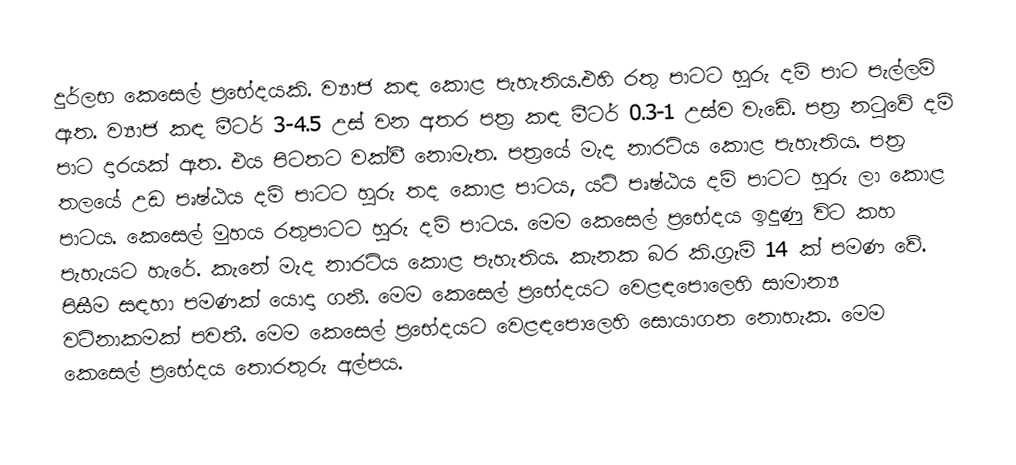
දුර්ලභ කෙසෙල් ප්‍රභේදයකි. ව්‍යාජ කඳ කොළ පැහැතිය‍.එහි රතු පාටට හුරු දම් පාට පැල්ලම් ඇත. ව්‍යාජ කඳ මීටර් 3-4.5 උස් වන අතර පත්‍ර කඳ මීටර් 0.3-1 උස්ව වැඩේ. පත්‍ර නටුවේ දම් පාට දාරයක් ඇත. එය පිටතට වක්වී නොමැත. පත්‍රයේ මැද නාරටිය කොළ පැහැතිය‍. පත්‍ර තලයේ උඩ පෘෂ්ඨය දම් පාටට හුරු තද කොළ පාටය, යටි පෘෂ්ඨය දම් පාටට හුරු ලා කොළ පාටය. කෙසෙල් මුහය රතුපාටට හුරු දම් පාටය. ‌මෙම කෙසෙල් ප්‍රභේදය ඉදුණු විට කහ පැහැයට හැරේ. කැනේ මැද නාරටිය කොළ පැහැතිය‍. කැනක බර කි.ග්‍රෑම් 14 ක් පමණ වේ. පිසීම සඳහා පමණක් යොදා ගනී. මෙම කෙසෙල් ප්‍රභේදයට වෙළඳපොලෙහි සාමාන්‍ය වටිනාකමක් පවතී. මෙම කෙසෙල් ප්‍රභේදයට වෙළඳපොලෙහි සොයාගත නොහැක. මෙම කෙසෙල් ප්‍රභේදය තොරතුරු අල්පය.